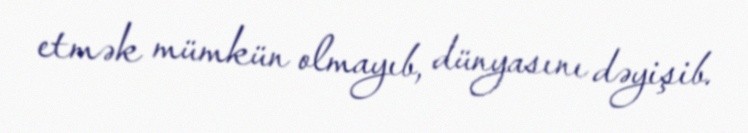
etmək mümkün olmayıb, dünyasını dəyişib.